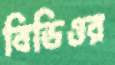
বিডিওর